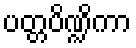
ပတ္တပိဏ္ဍိကာ